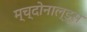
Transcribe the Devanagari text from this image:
म्च्दोनाल्ड्स